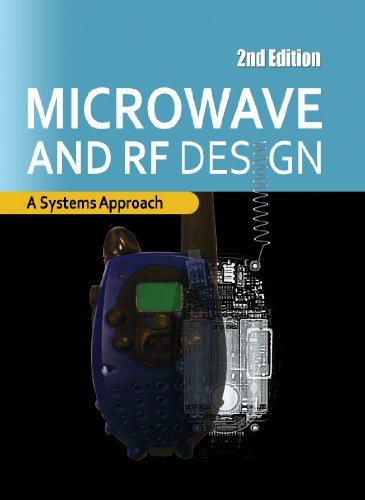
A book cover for Microwave and RF Design: A Systems Approach; Michael Steer; Crafts, Hobbies & Home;